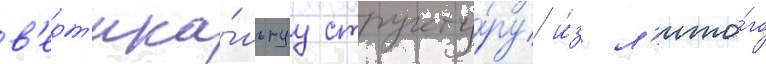
в'ерт'ика́льнуу структу́ру и́з л'ито́го